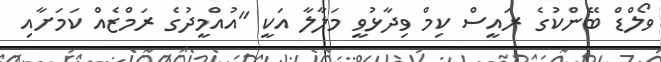
ވޯލްޑް ބޭންކުގެ ރައީސް ކިމް ވިދާޅުވީ މަލާލާ އަކީ "އުއްމީދުގެ ރަމްޒެއް ކަމަށާއި